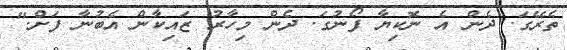
ތެރޭގަ. ދެން އެ ނޮކިޔާ ފޯނުގަ. ދެން މިހާރު ޒައިކާން އެބުނާ ފަށް."